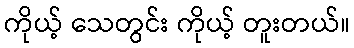
ကိုယ့် သေတွင်း ကိုယ့် တူးတယ်။